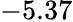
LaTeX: -5.37